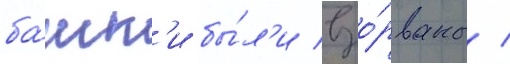
ба́шн'и бы́л'и взо́рваны /